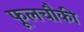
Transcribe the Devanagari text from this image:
फूलचौकी